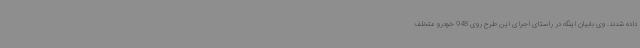
داده شدند. وی بابیان اینکه در راستای اجرای این طرح روی 948 خودرو متخلف